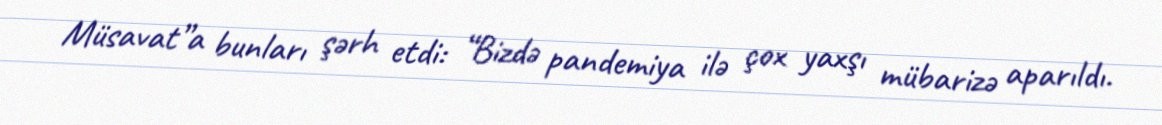
Müsavat”a bunları şərh etdi: “Bizdə pandemiya ilə çox yaxşı mübarizə aparıldı.